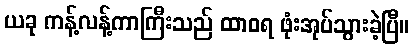
ယခု ကန့်လန့်ကာကြီးသည် ထာဝရ ဖုံးအုပ်သွားခဲ့ပြီ။